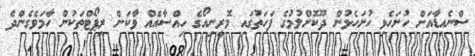
ސްނެއިޑާއަށް ހުށަހެޅި ހުށަހެޅުން ދޫކޮށްލުމުގެ ފަހަތުގައި މޮރީނިއޯގެ ހިއްސާއެއް ވާކަން ރިޕޯޓްތަކުން ހާމަވެގެންދެ